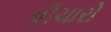
વીચારો